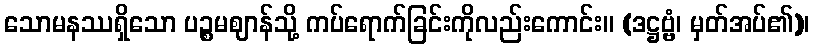
သောမနဿရှိသော ပဉ္စမဈာန်သို့ ကပ်ရောက်ခြင်းကိုလည်းကောင်း။ (ဒဋ္ဌဗ္ဗံ၊ မှတ်အပ်၏)၊